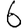
Digit: 6